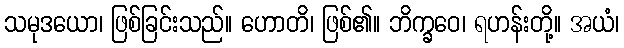
သမုဒယော၊ ဖြစ်ခြင်းသည်။ ဟောတိ၊ ဖြစ်၏။ ဘိက္ခဝေ၊ ရဟန်းတို့။ အယံ၊